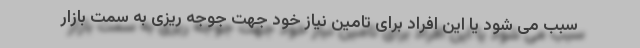
سبب می شود یا این افراد برای تامین نیاز خود جهت جوجه ریزی به سمت بازار